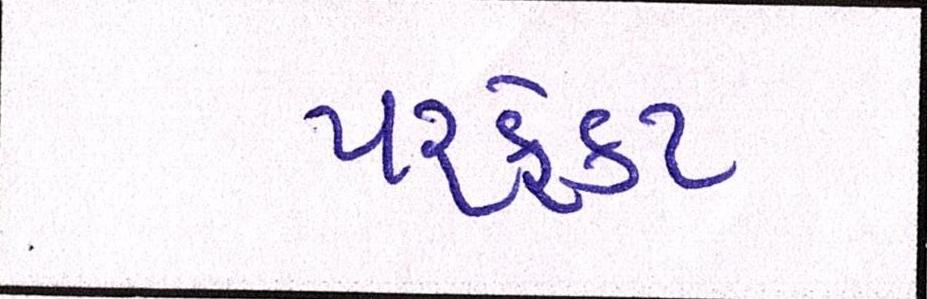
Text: પરફેક્ટ